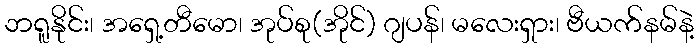
ဘရူနိုင်း၊ အရှေ့တီမော၊ အုပ်စု(အိုင်) ဂျပန်၊ မလေးရှား၊ ဗီယက်နမ်နဲ့